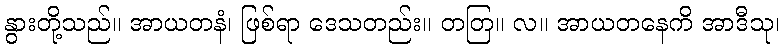
နွားတို့သည်။ အာယတနံ၊ ဖြစ်ရာ ဒေသတည်း။ တတြ။ လ။ အာယတနေကိ အာဒီသု၊